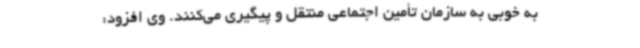
به خوبی به سازمان تأمین اجتماعی منتقل و پیگیری می‌کنند. وی افزود: